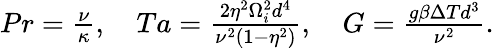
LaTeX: \begin{array}{r}{Pr=\frac{\nu}{\kappa},\quad Ta=\frac{2\eta^{2}\Omega_{i}^{2}d^{4}}{\nu^{2}(1-\eta^{2})},\quad G=\frac{g\beta\Delta Td^{3}}{\nu^{2}}.}\end{array}